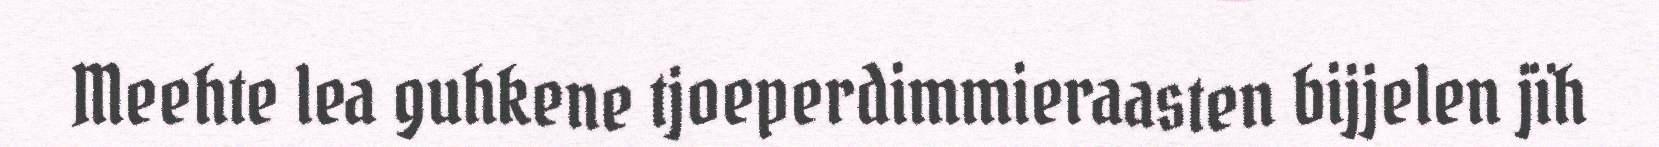
Meehte lea guhkene tjoeperdimmieraasten bijjelen jïh